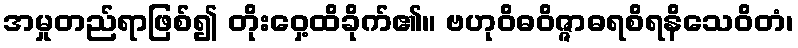
အမှုတည်ရာဖြစ်၍ တိုးဝှေ့ထိခိုက်၏။ ဗဟုဝိဓဝိဇ္ဇာဓရစိရနိသေဝိတံ၊